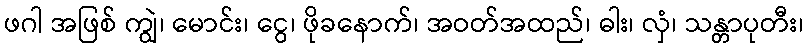
ဖဂါ အဖြစ် ကျွဲ၊ မောင်း၊ ငွေ၊ ဖိုခနောက်၊ အဝတ်အထည်၊ ဓါး၊ လှံ၊ သန္တာပုတီး၊